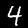
Label: 4